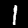
Digit: 1